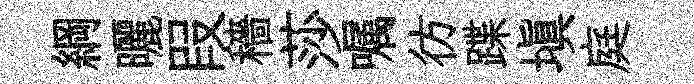
綱曬叚穡莎嘱彷蹀塡庭